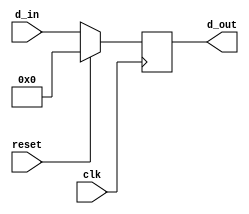
module PC (input [12:0] d_in, input reset, clk, output reg [12:0] d_out);
  always @(posedge clk)
    if (reset) d_out <= 0; else d_out <= d_in; 
endmodule

//
module AC (input [15:0] d_in, input load, clk, output reg [15:0] d_out, output zero);
  always @(posedge clk)
    if (load) d_out <= d_in;
  assign  zero = (d_out == 16'h0000)? 1:0;
endmodule

//
    
module ALU (input [15:0] a, b, input op, output reg [15:0] alu_out);
  always @(a or b or op)begin
  if (op == 1'b0)
    alu_out = a + b;
  else if (op == 1'b1)
    alu_out = a - b;
  end
endmodule

//

module ADDER (input [12:0] a, b, output [12:0] adder_out);
  assign adder_out = a+b;
endmodule

//

module MUX4TO1_13B (input [12:0] i0, i1, i2, i3, input [1:0] sel, output [12:0] mux_out);
  assign mux_out = (sel==2'b00)? i0: (sel== 2'b01)? i1 : (sel == 2'b10)? i2: i3;
endmodule

//
module MUX4TO1_16B (input [15:0] i0, i1, i2, i3, input [1:0] sel, output [15:0] mux_out);
  assign mux_out = (sel==2'b00)? i0: (sel== 2'b01)? i1 : (sel == 2'b10)? i2: i3;
endmodule